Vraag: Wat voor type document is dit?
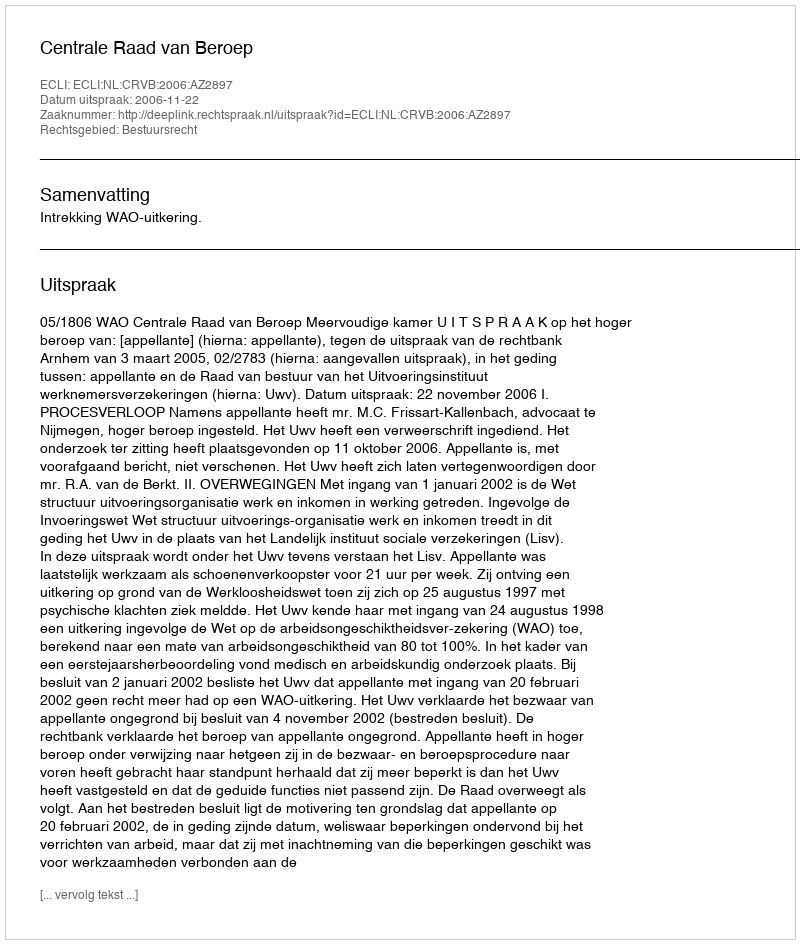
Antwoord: Uitspraak